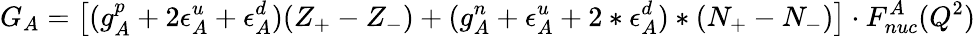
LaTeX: G_{A}=\left[(g_{A}^{p}+2\epsilon_{A}^{u}+\epsilon_{A}^{d})(Z_{+}-Z_{-})+(g_{A}^{n}+\epsilon_{A}^{u}+2*\epsilon_{A}^{d})*(N_{+}-N_{-})\right]\cdot F_{nuc}^{A}(Q^{2})